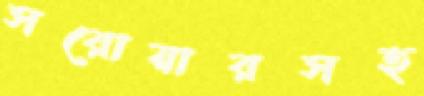
সরোয়ারসহ